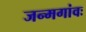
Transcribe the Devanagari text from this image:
जन्मगांवः